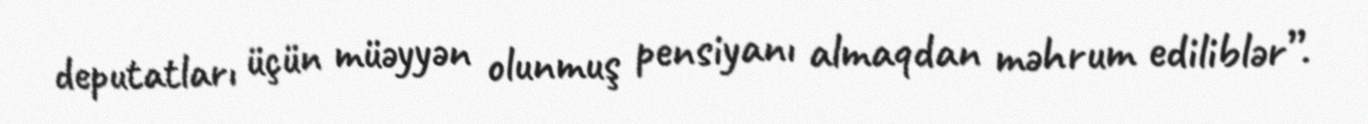
deputatları üçün müəyyən olunmuş pensiyanı almaqdan məhrum ediliblər”.